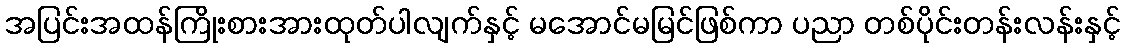
အပြင်းအထန်ကြိုးစားအားထုတ်ပါလျက်နှင့် မအောင်မမြင်ဖြစ်ကာ ပညာ တစ်ပိုင်းတန်းလန်းနှင့်